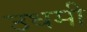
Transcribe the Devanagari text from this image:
उधमी